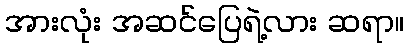
အားလုံး အဆင်ပြေရဲ့လား ဆရာ။